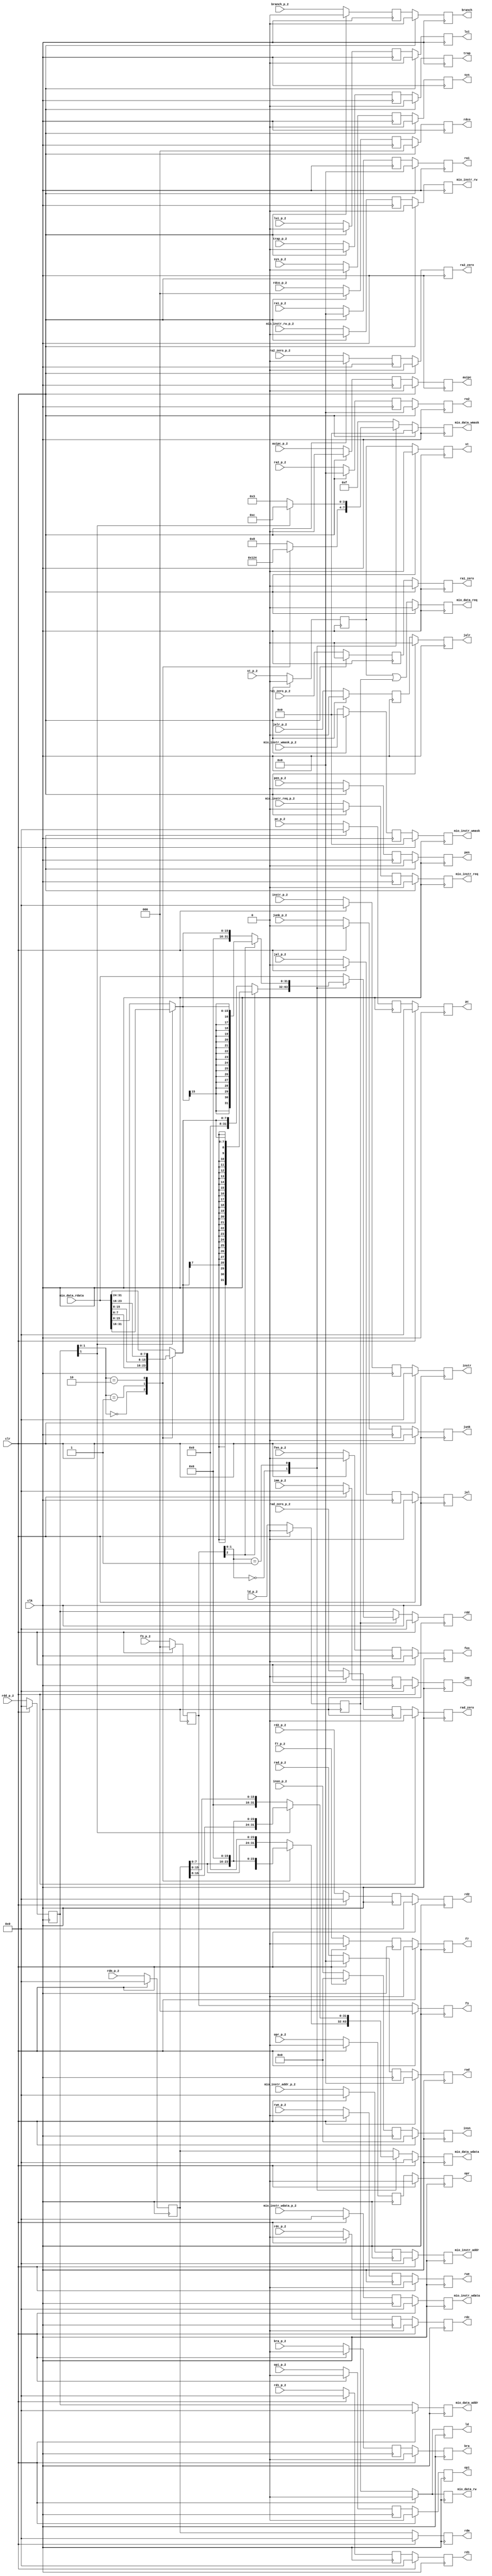
module memory (
    junk_p_2,
    mio_instr_wmask_p_2,
    mio_instr_rw_p_2,
    mio_instr_req_p_2,
    mio_instr_wdata_p_2,
    mio_instr_addr_p_2,
    rwe_p_2,
    branch_p_2,
    f7_p_2,
    rdco_p_2,
    rdc_p_2,
    sys_p_2,
    fen_p_2,
    opr_p_2,
    opi_p_2,
    st_p_2,
    bra_p_2,
    jalr_p_2,
    jal_p_2,
    auipc_p_2,
    lui_p_2,
    trap_p_2,
    insn_p_2,
    instr_p_2,
    pc_p_2,
    imm_p_2,
    rdm_p_2,
    mio_data_rdata,
    f3_p_2,
    rdd_p_2,
    ld_p_2,
    rd2_p_2,
    rd1_p_2,
    rad_zero_p_2,
    ra2_zero_p_2,
    ra1_zero_p_2,
    rad_p_2,
    ra2_p_2,
    ra1_p_2,
    clr,
    clk,
    pen_p_2,
    pen,
    ra1,
    ra2,
    rad,
    ra1_zero,
    ra2_zero,
    rad_zero,
    rd1,
    rd2,
    rdd,
    rdm,
    imm,
    pc,
    instr,
    insn,
    trap,
    lui,
    auipc,
    jal,
    jalr,
    bra,
    ld,
    st,
    opi,
    opr,
    fen,
    sys,
    rdc,
    rdco,
    f3,
    f7,
    branch,
    rwe,
    mio_instr_addr,
    mio_instr_wdata,
    mio_instr_req,
    mio_instr_rw,
    mio_instr_wmask,
    mio_data_addr,
    mio_data_wdata,
    mio_data_req,
    mio_data_rw,
    mio_data_wmask,
    junk
);

    input junk_p_2;
    input [3:0] mio_instr_wmask_p_2;
    input mio_instr_rw_p_2;
    input mio_instr_req_p_2;
    input [31:0] mio_instr_wdata_p_2;
    input [31:0] mio_instr_addr_p_2;
    input rwe_p_2;
    input branch_p_2;
    input f7_p_2;
    input [2:0] rdco_p_2;
    input rdc_p_2;
    input sys_p_2;
    input fen_p_2;
    input opr_p_2;
    input opi_p_2;
    input st_p_2;
    input bra_p_2;
    input jalr_p_2;
    input jal_p_2;
    input auipc_p_2;
    input lui_p_2;
    input trap_p_2;
    input [47:0] insn_p_2;
    input [31:0] instr_p_2;
    input [31:0] pc_p_2;
    input [31:0] imm_p_2;
    input [31:0] rdm_p_2;
    input [31:0] mio_data_rdata;
    input [2:0] f3_p_2;
    input [31:0] rdd_p_2;
    input ld_p_2;
    input [31:0] rd2_p_2;
    input [31:0] rd1_p_2;
    input rad_zero_p_2;
    input ra2_zero_p_2;
    input ra1_zero_p_2;
    input [4:0] rad_p_2;
    input [4:0] ra2_p_2;
    input [4:0] ra1_p_2;
    input clr;
    input clk;
    input pen_p_2;
    output pen;
    output [4:0] ra1;
    output [4:0] ra2;
    output [4:0] rad;
    output ra1_zero;
    output ra2_zero;
    output rad_zero;
    output [31:0] rd1;
    output [31:0] rd2;
    output [31:0] rdd;
    output [31:0] rdm;
    output [31:0] imm;
    output [31:0] pc;
    output [31:0] instr;
    output [47:0] insn;
    output trap;
    output lui;
    output auipc;
    output jal;
    output jalr;
    output bra;
    output ld;
    output st;
    output opi;
    output opr;
    output fen;
    output sys;
    output rdc;
    output [2:0] rdco;
    output [2:0] f3;
    output f7;
    output branch;
    output rwe;
    output [31:0] mio_instr_addr;
    output [31:0] mio_instr_wdata;
    output mio_instr_req;
    output mio_instr_rw;
    output [3:0] mio_instr_wmask;
    output [31:0] mio_data_addr;
    output [31:0] mio_data_wdata;
    output mio_data_req;
    output mio_data_rw;
    output [3:0] mio_data_wmask;
    output junk;

    /* signal declarations */
    wire _8881 = 1'b0;
    wire _8882 = 1'b0;
    wire _7184 = 1'b0;
    wire _7185 = 1'b0;
    reg _7186;
    reg _8883;
    wire [3:0] _8877 = 4'b0000;
    wire [3:0] _8878 = 4'b0000;
    wire [3:0] _8594 = 4'b1111;
    wire [3:0] _8596 = 4'b1100;
    wire [3:0] _8595 = 4'b0011;
    wire _8597;
    wire [3:0] _8598;
    wire [3:0] _8602 = 4'b1000;
    wire [3:0] _8601 = 4'b0100;
    wire [3:0] _8600 = 4'b0010;
    wire [3:0] _8599 = 4'b0001;
    reg [3:0] _8603;
    reg [3:0] _8604;
    reg [3:0] _8879;
    wire _8873 = 1'b0;
    wire _8874 = 1'b0;
    reg _8875;
    wire _8869 = 1'b0;
    wire _8870 = 1'b0;
    wire _8707;
    reg _8871;
    wire [31:0] _8865 = 32'b00000000000000000000000000000000;
    wire [31:0] _8866 = 32'b00000000000000000000000000000000;
    wire [15:0] _8619 = 16'b0000000000000000;
    wire [15:0] _8612;
    wire [15:0] _8616 = 16'b0000000000000000;
    wire [31:0] _8618;
    wire [15:0] _8620;
    wire [31:0] _8621;
    wire [15:0] _8605;
    wire [15:0] _8609 = 16'b0000000000000000;
    wire [31:0] _8611;
    wire _8622;
    wire [31:0] _8623;
    wire [23:0] _8662 = 24'b000000000000000000000000;
    wire [7:0] _8654;
    wire [23:0] _8659 = 24'b000000000000000000000000;
    wire [31:0] _8661;
    wire [7:0] _8663;
    wire [31:0] _8664;
    wire [15:0] _8651 = 16'b0000000000000000;
    wire [7:0] _8643;
    wire [23:0] _8648 = 24'b000000000000000000000000;
    wire [31:0] _8650;
    wire [15:0] _8652;
    wire [31:0] _8653;
    wire [7:0] _8640 = 8'b00000000;
    wire [7:0] _8632;
    wire [23:0] _8637 = 24'b000000000000000000000000;
    wire [31:0] _8639;
    wire [23:0] _8641;
    wire [31:0] _8642;
    wire [7:0] _8624;
    wire [23:0] _8629 = 24'b000000000000000000000000;
    wire [31:0] _8631;
    reg [31:0] _8665;
    reg [31:0] _8666;
    reg [31:0] _8867;
    wire [31:0] _8861 = 32'b00000000000000000000000000000000;
    wire [31:0] _8862 = 32'b00000000000000000000000000000000;
    reg [31:0] _8863;
    wire [3:0] _8857 = 4'b0000;
    wire [3:0] _8858 = 4'b0000;
    wire [3:0] _7208 = 4'b0000;
    wire [3:0] _7209 = 4'b0000;
    reg [3:0] _7210;
    reg [3:0] _8859;
    wire _8853 = 1'b0;
    wire _8854 = 1'b0;
    wire _7212 = 1'b0;
    wire _7213 = 1'b0;
    reg _7214;
    reg _8855;
    wire _8849 = 1'b0;
    wire _8850 = 1'b0;
    wire _7216 = 1'b0;
    wire _7217 = 1'b0;
    reg _7218;
    reg _8851;
    wire [31:0] _8845 = 32'b00000000000000000000000000000000;
    wire [31:0] _8846 = 32'b00000000000000000000000000000000;
    wire [31:0] _7220 = 32'b00000000000000000000000000000000;
    wire [31:0] _7221 = 32'b00000000000000000000000000000000;
    reg [31:0] _7222;
    reg [31:0] _8847;
    wire [31:0] _8841 = 32'b00000000000000000000000000000000;
    wire [31:0] _8842 = 32'b00000000000000000000000000000000;
    wire [31:0] _7224 = 32'b00000000000000000000000000000000;
    wire [31:0] _7225 = 32'b00000000000000000000000000000000;
    reg [31:0] _7226;
    reg [31:0] _8843;
    wire _8837 = 1'b0;
    wire _8838 = 1'b0;
    wire _7228 = 1'b0;
    wire _7229 = 1'b0;
    reg _7230;
    reg _8839;
    wire _8833 = 1'b0;
    wire _8834 = 1'b0;
    wire _7232 = 1'b0;
    wire _7233 = 1'b0;
    reg _7234;
    reg _8835;
    wire _8829 = 1'b0;
    wire _8830 = 1'b0;
    wire _7236 = 1'b0;
    wire _7237 = 1'b0;
    reg _7238;
    reg _8831;
    wire [2:0] _8825 = 3'b000;
    wire [2:0] _8826 = 3'b000;
    reg [2:0] _8827;
    wire [2:0] _8821 = 3'b000;
    wire [2:0] _8822 = 3'b000;
    wire [2:0] _7244 = 3'b000;
    wire [2:0] _7245 = 3'b000;
    reg [2:0] _7246;
    reg [2:0] _8823;
    wire _8817 = 1'b0;
    wire _8818 = 1'b0;
    wire _7248 = 1'b0;
    wire _7249 = 1'b0;
    reg _7250;
    reg _8819;
    wire _8813 = 1'b0;
    wire _8814 = 1'b0;
    wire _7252 = 1'b0;
    wire _7253 = 1'b0;
    reg _7254;
    reg _8815;
    wire _8809 = 1'b0;
    wire _8810 = 1'b0;
    wire _7256 = 1'b0;
    wire _7257 = 1'b0;
    reg _7258;
    reg _8811;
    wire _8805 = 1'b0;
    wire _8806 = 1'b0;
    wire _7260 = 1'b0;
    wire _7261 = 1'b0;
    reg _7262;
    reg _8807;
    wire _8801 = 1'b0;
    wire _8802 = 1'b0;
    wire _7264 = 1'b0;
    wire _7265 = 1'b0;
    reg _7266;
    reg _8803;
    wire _8797 = 1'b0;
    wire _8798 = 1'b0;
    wire _7268 = 1'b0;
    wire _7269 = 1'b0;
    reg _7270;
    reg _8799;
    wire _8793 = 1'b0;
    wire _8794 = 1'b0;
    reg _8795;
    wire _8789 = 1'b0;
    wire _8790 = 1'b0;
    wire _7276 = 1'b0;
    wire _7277 = 1'b0;
    reg _7278;
    reg _8791;
    wire _8785 = 1'b0;
    wire _8786 = 1'b0;
    wire _7280 = 1'b0;
    wire _7281 = 1'b0;
    reg _7282;
    reg _8787;
    wire _8781 = 1'b0;
    wire _8782 = 1'b0;
    wire _7284 = 1'b0;
    wire _7285 = 1'b0;
    reg _7286;
    reg _8783;
    wire _8777 = 1'b0;
    wire _8778 = 1'b0;
    wire _7288 = 1'b0;
    wire _7289 = 1'b0;
    reg _7290;
    reg _8779;
    wire _8773 = 1'b0;
    wire _8774 = 1'b0;
    wire _7292 = 1'b0;
    wire _7293 = 1'b0;
    reg _7294;
    reg _8775;
    wire _8769 = 1'b0;
    wire _8770 = 1'b0;
    wire _7296 = 1'b0;
    wire _7297 = 1'b0;
    reg _7298;
    reg _8771;
    wire [47:0] _8765 = 48'b000000000000000000000000000000000000000000000000;
    wire [47:0] _8766 = 48'b000000000000000000000000000000000000000000000000;
    wire [47:0] _7300 = 48'b000000000000000000000000000000000000000000000000;
    wire [47:0] _7301 = 48'b000000000000000000000000000000000000000000000000;
    reg [47:0] _7302;
    reg [47:0] _8767;
    wire [31:0] _8761 = 32'b00000000000000000000000000000000;
    wire [31:0] _8762 = 32'b00000000000000000000000000000000;
    wire [31:0] _7304 = 32'b00000000000000000000000000000000;
    wire [31:0] _7305 = 32'b00000000000000000000000000000000;
    reg [31:0] _7306;
    reg [31:0] _8763;
    wire [31:0] _8757 = 32'b00000000000000000000000000000000;
    wire [31:0] _8758 = 32'b00000000000000000000000000000000;
    wire [31:0] _7308 = 32'b00000000000000000000000000000000;
    wire [31:0] _7309 = 32'b00000000000000000000000000000000;
    reg [31:0] _7310;
    reg [31:0] _8759;
    wire [31:0] _8753 = 32'b00000000000000000000000000000000;
    wire [31:0] _8754 = 32'b00000000000000000000000000000000;
    wire [31:0] _7312 = 32'b00000000000000000000000000000000;
    wire [31:0] _7313 = 32'b00000000000000000000000000000000;
    reg [31:0] _7314;
    reg [31:0] _8755;
    wire [31:0] _8749 = 32'b00000000000000000000000000000000;
    wire [31:0] _8750 = 32'b00000000000000000000000000000000;
    wire [31:0] _7316 = 32'b00000000000000000000000000000000;
    wire [31:0] _7317 = 32'b00000000000000000000000000000000;
    reg [31:0] _7318;
    reg [31:0] _8751;
    wire [31:0] _8745 = 32'b00000000000000000000000000000000;
    wire [31:0] _8746 = 32'b00000000000000000000000000000000;
    wire _8698;
    wire [1:0] _8699;
    wire [3:0] _8700;
    wire [7:0] _8701;
    wire [15:0] _8702;
    wire [31:0] _8704;
    wire [15:0] _8688;
    wire [15:0] _8689;
    wire _8690;
    wire [15:0] _8691;
    wire [15:0] _8695 = 16'b0000000000000000;
    wire [31:0] _8697;
    wire [31:0] _8705;
    wire _8679;
    wire [1:0] _8680;
    wire [3:0] _8681;
    wire [7:0] _8682;
    wire [15:0] _8683;
    wire [23:0] _8684;
    wire [31:0] _8686;
    wire [7:0] _8667;
    wire [7:0] _8668;
    wire [7:0] _8669;
    wire [7:0] _8670;
    wire [1:0] _8591;
    reg [7:0] _8671;
    wire [23:0] _8676 = 24'b000000000000000000000000;
    wire [31:0] _8678;
    wire _8593;
    wire [31:0] _8687;
    wire [2:0] _7240 = 3'b000;
    wire [2:0] _7241 = 3'b000;
    reg [2:0] _7242;
    wire [1:0] _8592;
    reg [31:0] _8706;
    wire [31:0] _7320 = 32'b00000000000000000000000000000000;
    wire [31:0] _7321 = 32'b00000000000000000000000000000000;
    reg [31:0] _7322;
    wire _7272 = 1'b0;
    wire _7273 = 1'b0;
    reg _7274;
    wire [31:0] _8708;
    reg [31:0] _8747;
    wire [31:0] _8741 = 32'b00000000000000000000000000000000;
    wire [31:0] _8742 = 32'b00000000000000000000000000000000;
    wire [31:0] _7324 = 32'b00000000000000000000000000000000;
    wire [31:0] _7325 = 32'b00000000000000000000000000000000;
    reg [31:0] _7326;
    reg [31:0] _8743;
    wire [31:0] _8737 = 32'b00000000000000000000000000000000;
    wire [31:0] _8738 = 32'b00000000000000000000000000000000;
    wire [31:0] _7328 = 32'b00000000000000000000000000000000;
    wire [31:0] _7329 = 32'b00000000000000000000000000000000;
    reg [31:0] _7330;
    reg [31:0] _8739;
    wire _8733 = 1'b0;
    wire _8734 = 1'b0;
    wire _7332 = 1'b0;
    wire _7333 = 1'b0;
    reg _7334;
    reg _8735;
    wire _8729 = 1'b0;
    wire _8730 = 1'b0;
    wire _7336 = 1'b0;
    wire _7337 = 1'b0;
    reg _7338;
    reg _8731;
    wire _8725 = 1'b0;
    wire _8726 = 1'b0;
    wire _7340 = 1'b0;
    wire _7341 = 1'b0;
    reg _7342;
    reg _8727;
    wire [4:0] _8721 = 5'b00000;
    wire [4:0] _8722 = 5'b00000;
    wire [4:0] _7344 = 5'b00000;
    wire [4:0] _7345 = 5'b00000;
    reg [4:0] _7346;
    reg [4:0] _8723;
    wire [4:0] _8717 = 5'b00000;
    wire [4:0] _8718 = 5'b00000;
    wire [4:0] _7348 = 5'b00000;
    wire [4:0] _7349 = 5'b00000;
    reg [4:0] _7350;
    reg [4:0] _8719;
    wire [4:0] _8713 = 5'b00000;
    wire [4:0] _8714 = 5'b00000;
    wire [4:0] _7352 = 5'b00000;
    wire [4:0] _7353 = 5'b00000;
    reg [4:0] _7354;
    reg [4:0] _8715;
    wire _8709 = 1'b0;
    wire _8710 = 1'b0;
    wire _7356 = 1'b0;
    wire vdd = 1'b1;
    wire _7357 = 1'b0;
    reg _7358;
    reg _8711;

    /* logic */
    always @(posedge clk) begin
        if (clr)
            _7186 <= _7184;
        else
            _7186 <= junk_p_2;
    end
    always @(posedge clk) begin
        if (clr)
            _8883 <= _8881;
        else
            _8883 <= _7186;
    end
    assign _8597 = _8591[1:1];
    assign _8598 = _8597 ? _8596 : _8595;
    always @* begin
        case (_8591)
        0: _8603 <= _8599;
        1: _8603 <= _8600;
        2: _8603 <= _8601;
        default: _8603 <= _8602;
        endcase
    end
    always @* begin
        case (_8592)
        0: _8604 <= _8603;
        1: _8604 <= _8598;
        default: _8604 <= _8594;
        endcase
    end
    always @(posedge clk) begin
        if (clr)
            _8879 <= _8877;
        else
            _8879 <= _8604;
    end
    always @(posedge clk) begin
        if (clr)
            _8875 <= _8873;
        else
            _8875 <= _7274;
    end
    assign _8707 = _7270 | _7274;
    always @(posedge clk) begin
        if (clr)
            _8871 <= _8869;
        else
            _8871 <= _8707;
    end
    assign _8612 = _7318[15:0];
    assign _8618 = { _8616, _8612 };
    assign _8620 = _8618[15:0];
    assign _8621 = { _8620, _8619 };
    assign _8605 = _7318[15:0];
    assign _8611 = { _8609, _8605 };
    assign _8622 = _8591[1:1];
    assign _8623 = _8622 ? _8621 : _8611;
    assign _8654 = _7318[7:0];
    assign _8661 = { _8659, _8654 };
    assign _8663 = _8661[7:0];
    assign _8664 = { _8663, _8662 };
    assign _8643 = _7318[7:0];
    assign _8650 = { _8648, _8643 };
    assign _8652 = _8650[15:0];
    assign _8653 = { _8652, _8651 };
    assign _8632 = _7318[7:0];
    assign _8639 = { _8637, _8632 };
    assign _8641 = _8639[23:0];
    assign _8642 = { _8641, _8640 };
    assign _8624 = _7318[7:0];
    assign _8631 = { _8629, _8624 };
    always @* begin
        case (_8591)
        0: _8665 <= _8631;
        1: _8665 <= _8642;
        2: _8665 <= _8653;
        default: _8665 <= _8664;
        endcase
    end
    always @* begin
        case (_8592)
        0: _8666 <= _8665;
        1: _8666 <= _8623;
        default: _8666 <= _7318;
        endcase
    end
    always @(posedge clk) begin
        if (clr)
            _8867 <= _8865;
        else
            _8867 <= _8666;
    end
    always @(posedge clk) begin
        if (clr)
            _8863 <= _8861;
        else
            _8863 <= _7322;
    end
    always @(posedge clk) begin
        if (clr)
            _7210 <= _7208;
        else
            _7210 <= mio_instr_wmask_p_2;
    end
    always @(posedge clk) begin
        if (clr)
            _8859 <= _8857;
        else
            _8859 <= _7210;
    end
    always @(posedge clk) begin
        if (clr)
            _7214 <= _7212;
        else
            _7214 <= mio_instr_rw_p_2;
    end
    always @(posedge clk) begin
        if (clr)
            _8855 <= _8853;
        else
            _8855 <= _7214;
    end
    always @(posedge clk) begin
        if (clr)
            _7218 <= _7216;
        else
            _7218 <= mio_instr_req_p_2;
    end
    always @(posedge clk) begin
        if (clr)
            _8851 <= _8849;
        else
            _8851 <= _7218;
    end
    always @(posedge clk) begin
        if (clr)
            _7222 <= _7220;
        else
            _7222 <= mio_instr_wdata_p_2;
    end
    always @(posedge clk) begin
        if (clr)
            _8847 <= _8845;
        else
            _8847 <= _7222;
    end
    always @(posedge clk) begin
        if (clr)
            _7226 <= _7224;
        else
            _7226 <= mio_instr_addr_p_2;
    end
    always @(posedge clk) begin
        if (clr)
            _8843 <= _8841;
        else
            _8843 <= _7226;
    end
    always @(posedge clk) begin
        if (clr)
            _7230 <= _7228;
        else
            _7230 <= rwe_p_2;
    end
    always @(posedge clk) begin
        if (clr)
            _8839 <= _8837;
        else
            _8839 <= _7230;
    end
    always @(posedge clk) begin
        if (clr)
            _7234 <= _7232;
        else
            _7234 <= branch_p_2;
    end
    always @(posedge clk) begin
        if (clr)
            _8835 <= _8833;
        else
            _8835 <= _7234;
    end
    always @(posedge clk) begin
        if (clr)
            _7238 <= _7236;
        else
            _7238 <= f7_p_2;
    end
    always @(posedge clk) begin
        if (clr)
            _8831 <= _8829;
        else
            _8831 <= _7238;
    end
    always @(posedge clk) begin
        if (clr)
            _8827 <= _8825;
        else
            _8827 <= _7242;
    end
    always @(posedge clk) begin
        if (clr)
            _7246 <= _7244;
        else
            _7246 <= rdco_p_2;
    end
    always @(posedge clk) begin
        if (clr)
            _8823 <= _8821;
        else
            _8823 <= _7246;
    end
    always @(posedge clk) begin
        if (clr)
            _7250 <= _7248;
        else
            _7250 <= rdc_p_2;
    end
    always @(posedge clk) begin
        if (clr)
            _8819 <= _8817;
        else
            _8819 <= _7250;
    end
    always @(posedge clk) begin
        if (clr)
            _7254 <= _7252;
        else
            _7254 <= sys_p_2;
    end
    always @(posedge clk) begin
        if (clr)
            _8815 <= _8813;
        else
            _8815 <= _7254;
    end
    always @(posedge clk) begin
        if (clr)
            _7258 <= _7256;
        else
            _7258 <= fen_p_2;
    end
    always @(posedge clk) begin
        if (clr)
            _8811 <= _8809;
        else
            _8811 <= _7258;
    end
    always @(posedge clk) begin
        if (clr)
            _7262 <= _7260;
        else
            _7262 <= opr_p_2;
    end
    always @(posedge clk) begin
        if (clr)
            _8807 <= _8805;
        else
            _8807 <= _7262;
    end
    always @(posedge clk) begin
        if (clr)
            _7266 <= _7264;
        else
            _7266 <= opi_p_2;
    end
    always @(posedge clk) begin
        if (clr)
            _8803 <= _8801;
        else
            _8803 <= _7266;
    end
    always @(posedge clk) begin
        if (clr)
            _7270 <= _7268;
        else
            _7270 <= st_p_2;
    end
    always @(posedge clk) begin
        if (clr)
            _8799 <= _8797;
        else
            _8799 <= _7270;
    end
    always @(posedge clk) begin
        if (clr)
            _8795 <= _8793;
        else
            _8795 <= _7274;
    end
    always @(posedge clk) begin
        if (clr)
            _7278 <= _7276;
        else
            _7278 <= bra_p_2;
    end
    always @(posedge clk) begin
        if (clr)
            _8791 <= _8789;
        else
            _8791 <= _7278;
    end
    always @(posedge clk) begin
        if (clr)
            _7282 <= _7280;
        else
            _7282 <= jalr_p_2;
    end
    always @(posedge clk) begin
        if (clr)
            _8787 <= _8785;
        else
            _8787 <= _7282;
    end
    always @(posedge clk) begin
        if (clr)
            _7286 <= _7284;
        else
            _7286 <= jal_p_2;
    end
    always @(posedge clk) begin
        if (clr)
            _8783 <= _8781;
        else
            _8783 <= _7286;
    end
    always @(posedge clk) begin
        if (clr)
            _7290 <= _7288;
        else
            _7290 <= auipc_p_2;
    end
    always @(posedge clk) begin
        if (clr)
            _8779 <= _8777;
        else
            _8779 <= _7290;
    end
    always @(posedge clk) begin
        if (clr)
            _7294 <= _7292;
        else
            _7294 <= lui_p_2;
    end
    always @(posedge clk) begin
        if (clr)
            _8775 <= _8773;
        else
            _8775 <= _7294;
    end
    always @(posedge clk) begin
        if (clr)
            _7298 <= _7296;
        else
            _7298 <= trap_p_2;
    end
    always @(posedge clk) begin
        if (clr)
            _8771 <= _8769;
        else
            _8771 <= _7298;
    end
    always @(posedge clk) begin
        if (clr)
            _7302 <= _7300;
        else
            _7302 <= insn_p_2;
    end
    always @(posedge clk) begin
        if (clr)
            _8767 <= _8765;
        else
            _8767 <= _7302;
    end
    always @(posedge clk) begin
        if (clr)
            _7306 <= _7304;
        else
            _7306 <= instr_p_2;
    end
    always @(posedge clk) begin
        if (clr)
            _8763 <= _8761;
        else
            _8763 <= _7306;
    end
    always @(posedge clk) begin
        if (clr)
            _7310 <= _7308;
        else
            _7310 <= pc_p_2;
    end
    always @(posedge clk) begin
        if (clr)
            _8759 <= _8757;
        else
            _8759 <= _7310;
    end
    always @(posedge clk) begin
        if (clr)
            _7314 <= _7312;
        else
            _7314 <= imm_p_2;
    end
    always @(posedge clk) begin
        if (clr)
            _8755 <= _8753;
        else
            _8755 <= _7314;
    end
    always @(posedge clk) begin
        if (clr)
            _7318 <= _7316;
        else
            _7318 <= rdm_p_2;
    end
    always @(posedge clk) begin
        if (clr)
            _8751 <= _8749;
        else
            _8751 <= _7318;
    end
    assign _8698 = _8691[15:15];
    assign _8699 = { _8698, _8698 };
    assign _8700 = { _8699, _8699 };
    assign _8701 = { _8700, _8700 };
    assign _8702 = { _8701, _8701 };
    assign _8704 = { _8702, _8691 };
    assign _8688 = mio_data_rdata[31:16];
    assign _8689 = mio_data_rdata[15:0];
    assign _8690 = _8591[1:1];
    assign _8691 = _8690 ? _8688 : _8689;
    assign _8697 = { _8695, _8691 };
    assign _8705 = _8593 ? _8704 : _8697;
    assign _8679 = _8671[7:7];
    assign _8680 = { _8679, _8679 };
    assign _8681 = { _8680, _8680 };
    assign _8682 = { _8681, _8681 };
    assign _8683 = { _8682, _8682 };
    assign _8684 = { _8683, _8682 };
    assign _8686 = { _8684, _8671 };
    assign _8667 = mio_data_rdata[31:24];
    assign _8668 = mio_data_rdata[23:16];
    assign _8669 = mio_data_rdata[15:8];
    assign _8670 = mio_data_rdata[7:0];
    assign _8591 = _7322[1:0];
    always @* begin
        case (_8591)
        0: _8671 <= _8670;
        1: _8671 <= _8669;
        2: _8671 <= _8668;
        default: _8671 <= _8667;
        endcase
    end
    assign _8678 = { _8676, _8671 };
    assign _8593 = _7242[2:2];
    assign _8687 = _8593 ? _8686 : _8678;
    always @(posedge clk) begin
        if (clr)
            _7242 <= _7240;
        else
            _7242 <= f3_p_2;
    end
    assign _8592 = _7242[1:0];
    always @* begin
        case (_8592)
        0: _8706 <= _8687;
        1: _8706 <= _8705;
        default: _8706 <= mio_data_rdata;
        endcase
    end
    always @(posedge clk) begin
        if (clr)
            _7322 <= _7320;
        else
            _7322 <= rdd_p_2;
    end
    always @(posedge clk) begin
        if (clr)
            _7274 <= _7272;
        else
            _7274 <= ld_p_2;
    end
    assign _8708 = _7274 ? _8706 : _7322;
    always @(posedge clk) begin
        if (clr)
            _8747 <= _8745;
        else
            _8747 <= _8708;
    end
    always @(posedge clk) begin
        if (clr)
            _7326 <= _7324;
        else
            _7326 <= rd2_p_2;
    end
    always @(posedge clk) begin
        if (clr)
            _8743 <= _8741;
        else
            _8743 <= _7326;
    end
    always @(posedge clk) begin
        if (clr)
            _7330 <= _7328;
        else
            _7330 <= rd1_p_2;
    end
    always @(posedge clk) begin
        if (clr)
            _8739 <= _8737;
        else
            _8739 <= _7330;
    end
    always @(posedge clk) begin
        if (clr)
            _7334 <= _7332;
        else
            _7334 <= rad_zero_p_2;
    end
    always @(posedge clk) begin
        if (clr)
            _8735 <= _8733;
        else
            _8735 <= _7334;
    end
    always @(posedge clk) begin
        if (clr)
            _7338 <= _7336;
        else
            _7338 <= ra2_zero_p_2;
    end
    always @(posedge clk) begin
        if (clr)
            _8731 <= _8729;
        else
            _8731 <= _7338;
    end
    always @(posedge clk) begin
        if (clr)
            _7342 <= _7340;
        else
            _7342 <= ra1_zero_p_2;
    end
    always @(posedge clk) begin
        if (clr)
            _8727 <= _8725;
        else
            _8727 <= _7342;
    end
    always @(posedge clk) begin
        if (clr)
            _7346 <= _7344;
        else
            _7346 <= rad_p_2;
    end
    always @(posedge clk) begin
        if (clr)
            _8723 <= _8721;
        else
            _8723 <= _7346;
    end
    always @(posedge clk) begin
        if (clr)
            _7350 <= _7348;
        else
            _7350 <= ra2_p_2;
    end
    always @(posedge clk) begin
        if (clr)
            _8719 <= _8717;
        else
            _8719 <= _7350;
    end
    always @(posedge clk) begin
        if (clr)
            _7354 <= _7352;
        else
            _7354 <= ra1_p_2;
    end
    always @(posedge clk) begin
        if (clr)
            _8715 <= _8713;
        else
            _8715 <= _7354;
    end
    always @(posedge clk) begin
        if (clr)
            _7358 <= _7356;
        else
            _7358 <= pen_p_2;
    end
    always @(posedge clk) begin
        if (clr)
            _8711 <= _8709;
        else
            _8711 <= _7358;
    end

    /* aliases */

    /* output assignments */
    assign pen = _8711;
    assign ra1 = _8715;
    assign ra2 = _8719;
    assign rad = _8723;
    assign ra1_zero = _8727;
    assign ra2_zero = _8731;
    assign rad_zero = _8735;
    assign rd1 = _8739;
    assign rd2 = _8743;
    assign rdd = _8747;
    assign rdm = _8751;
    assign imm = _8755;
    assign pc = _8759;
    assign instr = _8763;
    assign insn = _8767;
    assign trap = _8771;
    assign lui = _8775;
    assign auipc = _8779;
    assign jal = _8783;
    assign jalr = _8787;
    assign bra = _8791;
    assign ld = _8795;
    assign st = _8799;
    assign opi = _8803;
    assign opr = _8807;
    assign fen = _8811;
    assign sys = _8815;
    assign rdc = _8819;
    assign rdco = _8823;
    assign f3 = _8827;
    assign f7 = _8831;
    assign branch = _8835;
    assign rwe = _8839;
    assign mio_instr_addr = _8843;
    assign mio_instr_wdata = _8847;
    assign mio_instr_req = _8851;
    assign mio_instr_rw = _8855;
    assign mio_instr_wmask = _8859;
    assign mio_data_addr = _8863;
    assign mio_data_wdata = _8867;
    assign mio_data_req = _8871;
    assign mio_data_rw = _8875;
    assign mio_data_wmask = _8879;
    assign junk = _8883;

endmodule